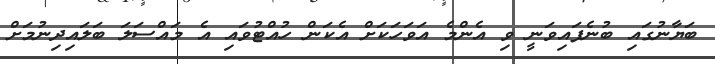
ބަޔާނުގައި ބުނެފައިވަނީ ވި އެންމެ އަވަހަކަށް އެކަން ހުއްޓުވައި އެ މައްސަލަ ބަލައިދިނުމަށް